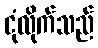
ငုံလိုက်သည်